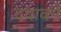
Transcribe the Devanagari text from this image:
दयावने